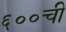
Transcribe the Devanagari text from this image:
६००ची